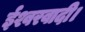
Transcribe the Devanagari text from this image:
ईश्वरवादी।